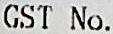
GST NO.